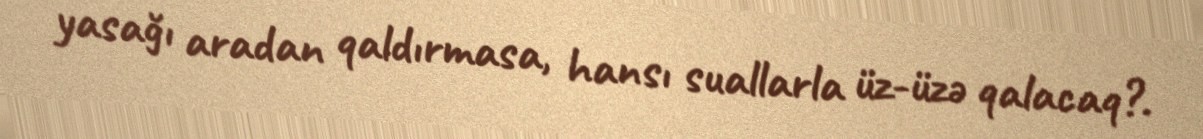
yasağı aradan qaldırmasa, hansı suallarla üz-üzə qalacaq?.